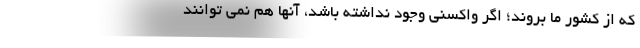
که از کشور ما بروند؛ اگر واکسنی وجود نداشته باشد، آنها هم نمی توانند